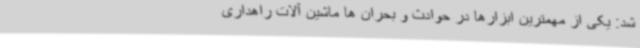
شد: یکی از مهمترین ابزارها در حوادث و بحران ها ماشین آلات راهداری